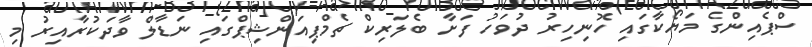
ސްޕެއިންގެ މަޔޯކާގައި ހޮނިހިރު ދުވަހު ފަށާ ބެލަރިކް ޗެމްޕިއަންޝިޕްގައި ނަޑާލް ވާދަކުރާއިރު މި